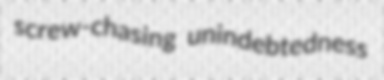
screw-chasing unindebtedness